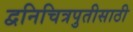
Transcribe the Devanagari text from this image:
द्वनिचित्रपुतीसाठी